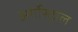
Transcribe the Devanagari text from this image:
अर्गोस्ट्राल